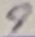
Text: 9